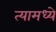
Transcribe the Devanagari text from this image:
त्‍यामध्‍ये